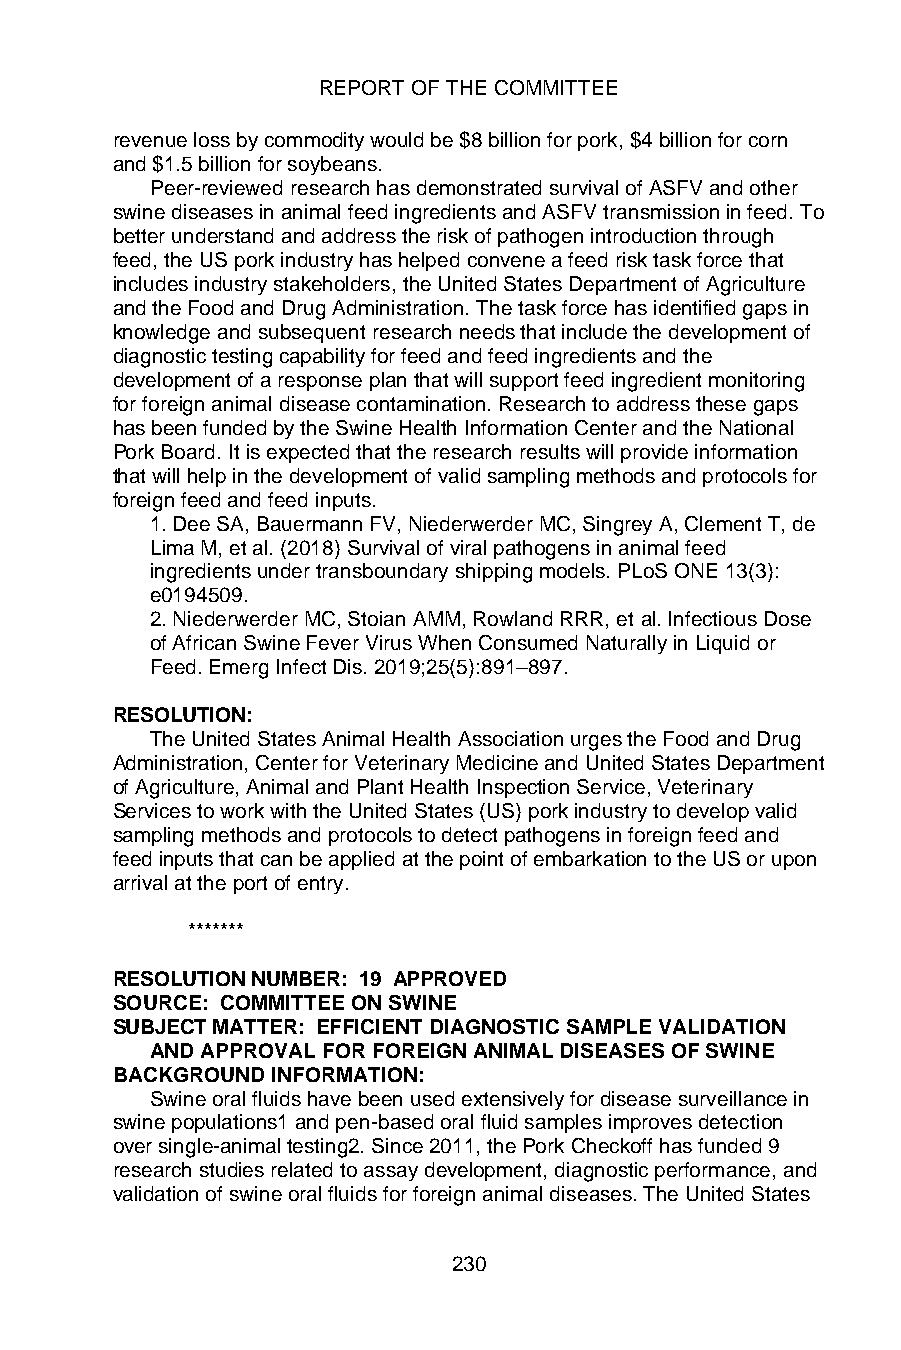
REPORT OF THE COMMITTEE
 revenue loss by commodity would be $8 billion for pork, $4 billion for corn
 and $1.5 billion for soybeans.
 Peer-reviewed research has demonstrated survival of ASFV and other
 swine diseases in animal feed ingredients and ASFV transmission in feed. To
 better understand and address the risk of pathogen introduction through
 feed, the US pork industry has helped convene a feed risk task force that
 includes industry stakeholders, the United States Department of Agriculture
 and the Food and Drug Administration. The task force has identified gaps in
 knowledge and subsequent research needs that include the development of
 diagnostic testing capability for feed and feed ingredients and the
 development of a response plan that will support feed ingredient monitoring
 for foreign animal disease contamination. Research to address these gaps
 has been funded by the Swine Health Information Center and the National
 Pork Board. It is expected that the research results will provide information
 that will help in the development of valid sampling methods and protocols for
 foreign feed and feed inputs.
 1. Dee SA, Bauermann FV, Niederwerder MC, Singrey A, Clement T, de
 Lima M, et al. (2018) Survival of viral pathogens in animal feed
 ingredients under transboundary shipping models. PLoS ONE 13(3):
 e0194509.
 2. Niederwerder MC, Stoian AMM, Rowland RRR, et al. Infectious Dose
 of African Swine Fever Virus When Consumed Naturally in Liquid or
 Feed. Emerg Infect Dis. 2019;25(5):891–897.
 RESOLUTION:
 The United States Animal Health Association urges the Food and Drug
 Administration, Center for Veterinary Medicine and United States Department
 of Agriculture, Animal and Plant Health Inspection Service, Veterinary
 Services to work with the United States (US) pork industry to develop valid
 sampling methods and protocols to detect pathogens in foreign feed and
 feed inputs that can be applied at the point of embarkation to the US or upon
 arrival at the port of entry.
 *******
 RESOLUTION NUMBER: 19 APPROVED
 SOURCE: COMMITTEE ON SWINE
 SUBJECT MATTER: EFFICIENT DIAGNOSTIC SAMPLE VALIDATION
 AND APPROVAL FOR FOREIGN ANIMAL DISEASES OF SWINE
 BACKGROUND INFORMATION:
 Swine oral fluids have been used extensively for disease surveillance in
 swine populations1 and pen-based oral fluid samples improves detection
 over single-animal testing2. Since 2011, the Pork Checkoff has funded 9
 research studies related to assay development, diagnostic performance, and
 validation of swine oral fluids for foreign animal diseases. The United States
 230